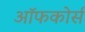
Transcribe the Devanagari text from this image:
ऑफकोर्स